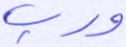
ورب